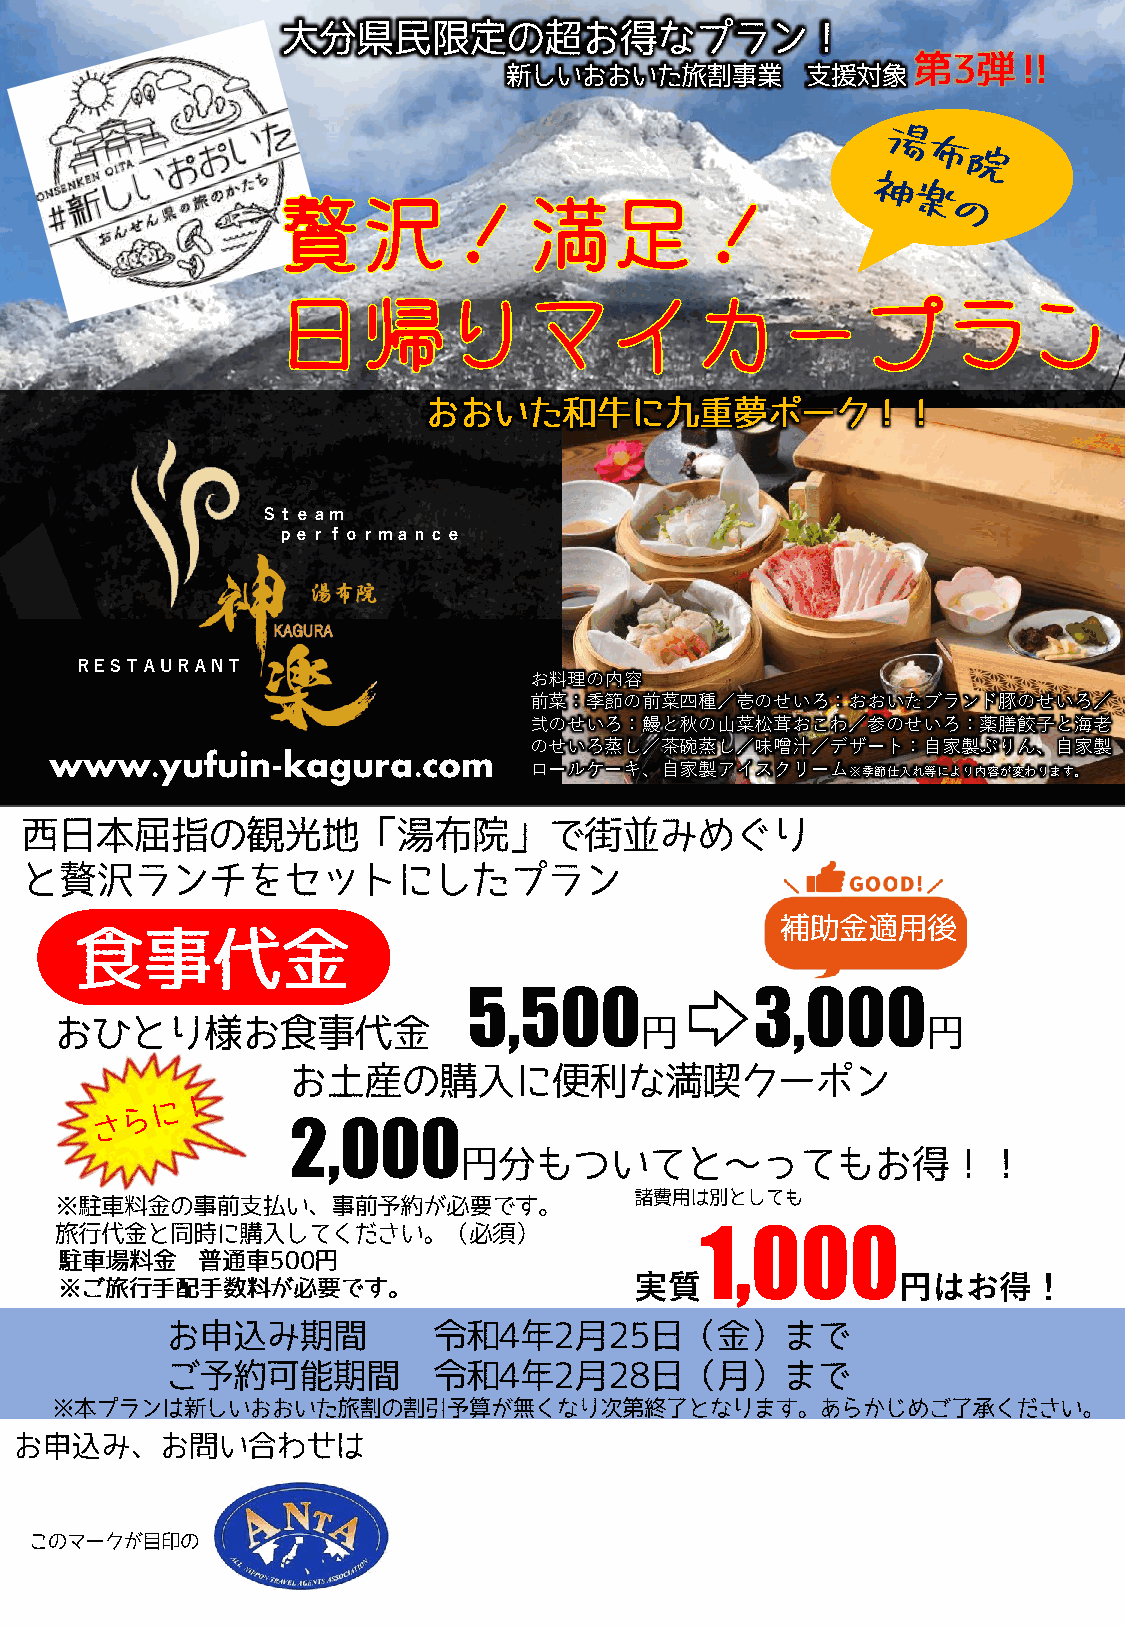
Ｓｔｅａｍ
 ｐｅｒｆｏｒｍａｎｃｅ
 ＲＥＳＴＡＵＲＡＮＴ
 お料理の内容
 前菜：季節の前菜四種／壱のせいろ：おおいたブランド豚のせいろ／
 弐のせいろ：鰻と秋の山菜松茸おこわ／参のせいろ：薬膳餃子と海老
 のせいろ蒸し／茶碗蒸し／味噌汁／デザート：自家製ぷりん、自家製
 www.yufuin-kagura.com
 ロールケーキ、自家製アイスクリーム※季節仕入れ等により内容が変わります。
 5,500              3,000
 2,000
 1,000
 実質                円はお得！